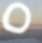
ס